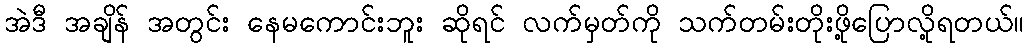
အဲဒီ အချိန် အတွင်း နေမကောင်းဘူး ဆိုရင် လက်မှတ်ကို သက်တမ်းတိုးဖို့ပြောလို့ရတယ်။